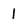
Character: 1